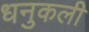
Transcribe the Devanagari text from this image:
धनुकली